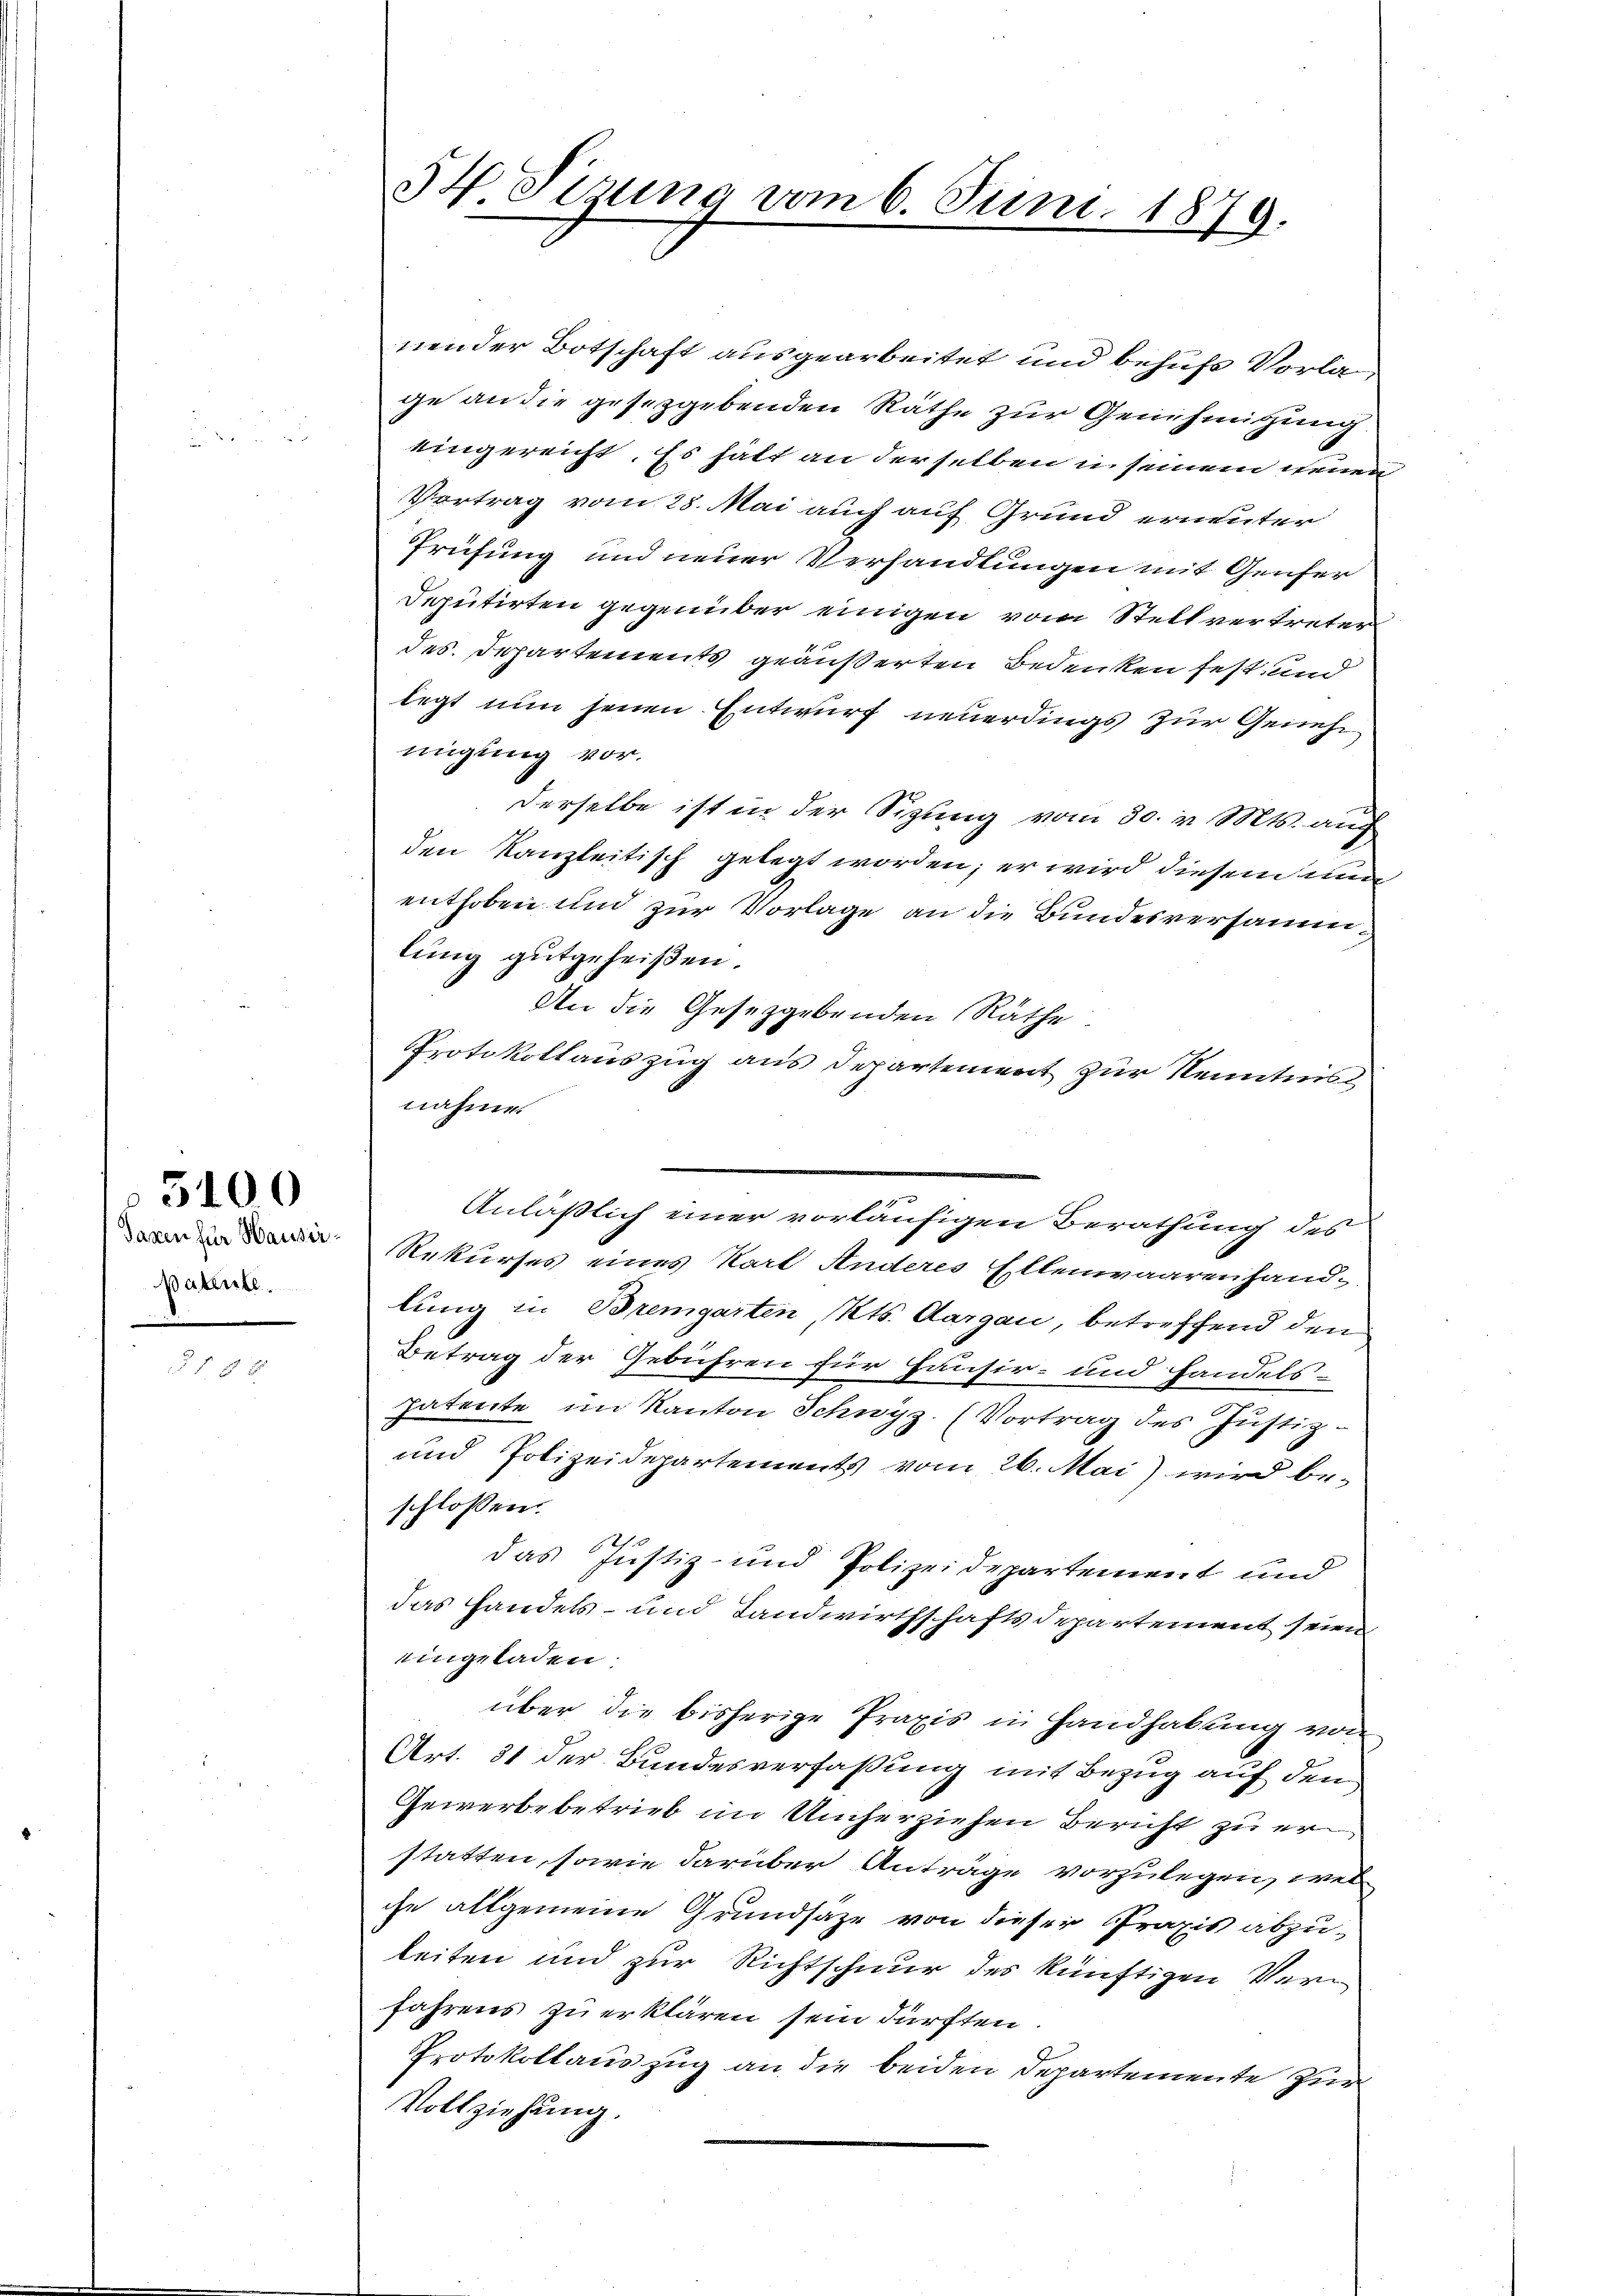
Taxen für Hausirpatente.

3100

§ f 9 x

34. Tizung vom 6. Juni 1879.

nender Botschaft ausgearbeitet und behufs Vorlage an die gesetzgebenden Räthe zur Genehmigung.
eingereicht. Es hatt an derselben in seinem neuen
Vertrag vom 28. Mai auch auf Grund ernenter
Prüfung und neuer Verhandlungen mit Genfer
Deputirten gegenüber einigen vom Stellvertreter
des. Departements geäußerten Bedenken fest, und
legt nun seien Entwurf neuerdings zur Genehmigung vor.
Derselbe ist in der Sitzung vom 30. v. Mts. auch
den Kanzleitisch gelegt worden; er wird diesem nun
enthoben und zur Vorlage an die Bundesversammlung gutgeheißen.
An die Gesetzgebenden Räthe
Protokollauszug aus Departement zur Kenntnis
nahme.
Anläßlich einer vorläufigen Berathung des
Rekurses eines Karl Anderes Ellenwaarenhand
lung in Bremgarten, Kts. Aargau, betreffend den
Betrag der Gebühren für Hausir- und handels-
Patente im Kanton Schwyz. (Vortrag des Justiz¬
und Polizeidepartements vom 26. Mai) wird beschlossen:
das Justiz- und Polizeidepartement und
das Handels- und Landwirthschaftsdepartement seien
eingeladen.
über die bisherige Praxis in Handhabung von
Art. 31 der Bundesverfaßung mit Bezug auf den
Gewerbebetrieb im Umherziehen Bericht zu erstatten, sowie darüber Anträge vorzulegen, wel
che allgemeine Grundsatze von dieser Praxis abzuleiten und zur Richtschnur des künftigen Verfahrens zu erklären sein dürften.
Protokollauszug an die beiden Departemente Zür
Vollziehung.